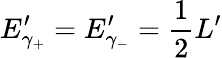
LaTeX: E_{\gamma_{+}}^{\prime}=E_{\gamma_{-}}^{\prime}={\frac{1}{2}}L^{\prime}